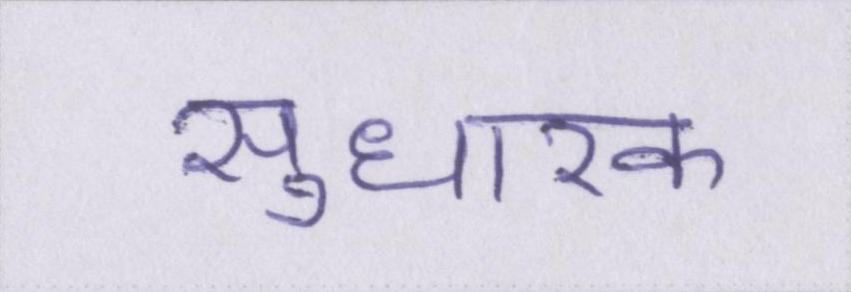
सुधारक